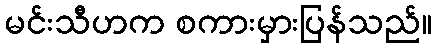
မင်းသီဟက စကားမှားပြန်သည်။